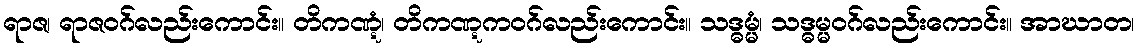
ရာဇ၊ ရာဇဝဂ်လည်းကောင်း။ တိကဏ္ဋံ၊ တိကဏ္ဋကဝဂ်လည်းကောင်း။ သဒ္ဓမ္မံ၊ သဒ္ဓမ္မဝဂ်လည်းကောင်း။ အာဃာတ၊